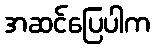
အဆင်ပြေပါက